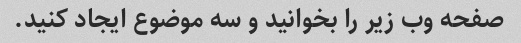
صفحه وب زیر را بخوانید و سه موضوع ایجاد کنید.